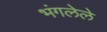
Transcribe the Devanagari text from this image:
भंगलेले